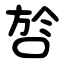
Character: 㫈